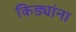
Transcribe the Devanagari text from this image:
किड्यांना